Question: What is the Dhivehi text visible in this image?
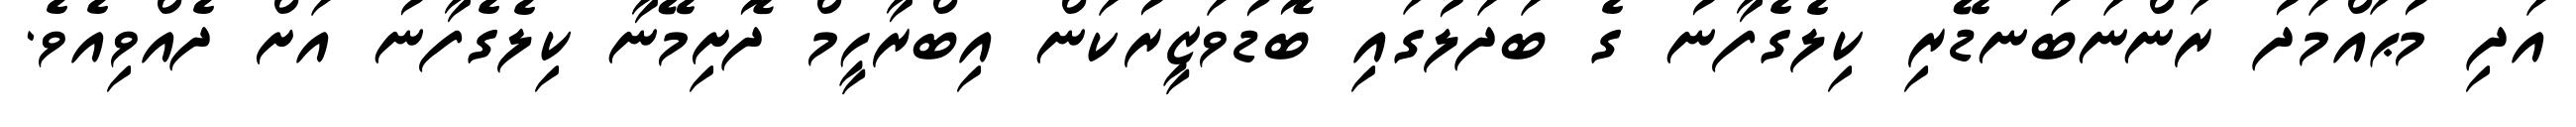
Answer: އަދި މުޙައްމަދު ރަންނަބަނޑޭރި ކިލެގެފާނު ގެ ބަދަލުގައި ބޮޑުވަޒީރުކަން އިބްރާހީމް ދޮށިމޭނާ ކިލެގެފާނު އަށް ދެއްވިއެވެ.